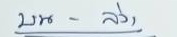
บน - ล่าง